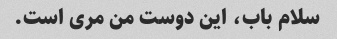
سلام باب، این دوست من مری است.